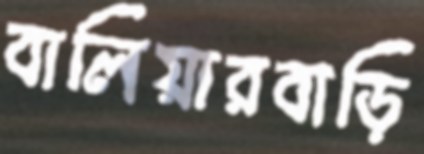
বালিয়ারবাড়ি